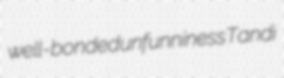
well-bonded unfunniness Tandi